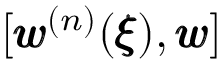
[ { \pmb w } ^ { ( n ) } ( { \pmb \xi } ) , { \pmb w } ]